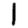
Digit: 1